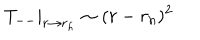
\left. T _ { -- } \right| _ { r \rightarrow r _ { h } } \sim ( r - r _ { h } ) ^ { 2 }